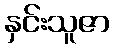
နှင်းသူဇာ